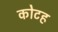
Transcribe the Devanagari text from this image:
कोटह